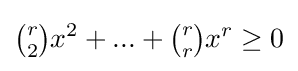
{\tbinom {r}{2}}x^{2}+...+{\tbinom {r}{r}}x^{r}\geq 0